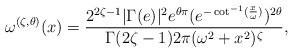
\begin{align*}\omega^{(\zeta,\theta)}(x)= \dfrac{2^{2\zeta-1}|\Gamma(e)|^2 e^{\theta \pi} (e^{-\cot^{-1}(\frac{x}{\omega})})^{2\theta}}{\Gamma(2\zeta-1)2\pi (\omega^2+x^2)^\zeta},\end{align*}